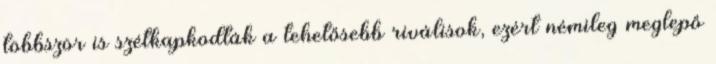
többször is szétkapkodták a tehetősebb riválisok, ezért némileg meglepő